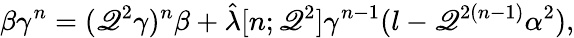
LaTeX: \beta\gamma^{n}=(\mathscr{Q}^{2}\gamma)^{n}\beta+\hat{{\lambda}}[n;\mathscr{Q}^{2}]\gamma^{n-1}(l-\mathscr{Q}^{2(n-1)}\alpha^{2}),